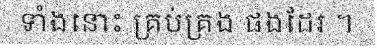
ទាំងនោះ គ្រប់គ្រង ផងដែរ ។